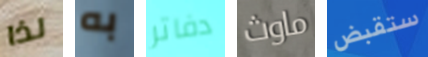
لذا به دفاتر ماوث ستقبض